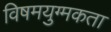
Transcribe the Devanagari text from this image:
विषमयुग्मकता